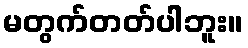
မတွက်တတ်ပါဘူး။